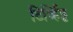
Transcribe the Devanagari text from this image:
टिर्व्हिट्ट